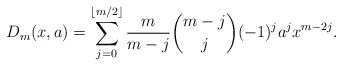
\begin{align*}D_m(x,a)=\sum_{j=0}^{\lfloor m/2 \rfloor} \frac{m}{m-j} {m-j \choose j} (-1)^ja^{j} x^{m-2j}.\end{align*}